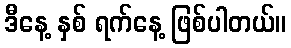
ဒီနေ့ နှစ် ရက်နေ့ ဖြစ်ပါတယ်။